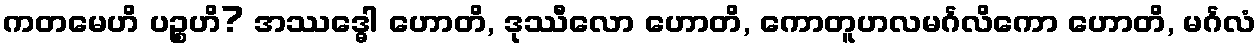
ကတမေဟိ ပဉ္စဟိ? အဿဒ္ဓေါ ဟောတိ, ဒုဿီလော ဟောတိ, ကောတူဟလမင်္ဂလိကော ဟောတိ, မင်္ဂလံ